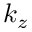
k _ { z }